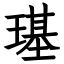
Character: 璂